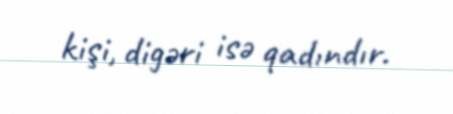
kişi, digəri isə qadındır.